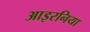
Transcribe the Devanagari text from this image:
आइरनिया